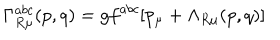
LaTeX: \Gamma _ { R \mu } ^ { a b c } ( p , q ) = g f ^ { a b c } [ p _ { \mu } + \Lambda _ { R \mu } ( p , q ) ]